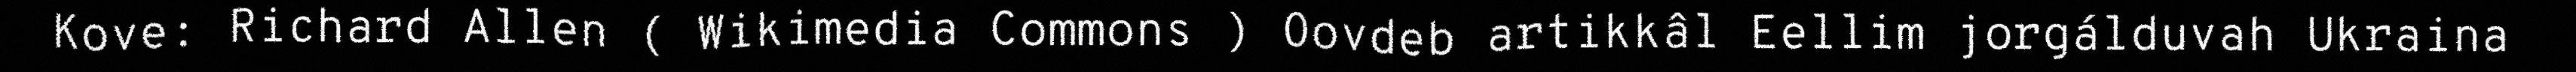
Kove: Richard Allen ( Wikimedia Commons ) Oovdeb artikkâl Eellim jorgálduvah Ukraina